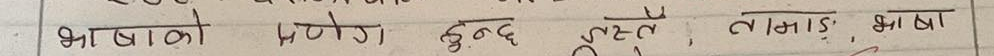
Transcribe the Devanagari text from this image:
भाषाको प्रयोग हुन्छ। जस्तै, कलाइ, भाषा